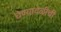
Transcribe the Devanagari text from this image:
घेण्यावेळीची